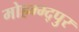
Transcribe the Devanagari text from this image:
मोहम्म्द्पुर